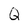
Character: Q